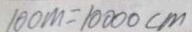
1 0 0 m = 1 0 0 0 0 c m